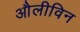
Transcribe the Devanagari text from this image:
औलीविन